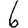
Digit: 6